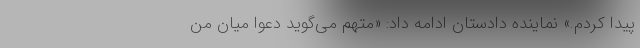
پیدا کردم.» نماینده دادستان ادامه داد: «متهم می‌گوید دعوا میان من